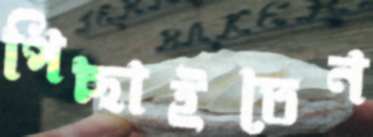
পিছাইতেন